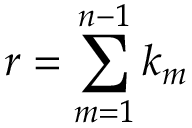
r = \sum _ { m = 1 } ^ { n - 1 } k _ { m }